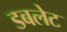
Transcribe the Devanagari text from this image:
डबलेट